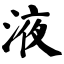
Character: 液